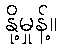
နို့မှုန့်။